Vaccination North-Western Provinces 1866-1877 - 1866-1877
Year: 1866
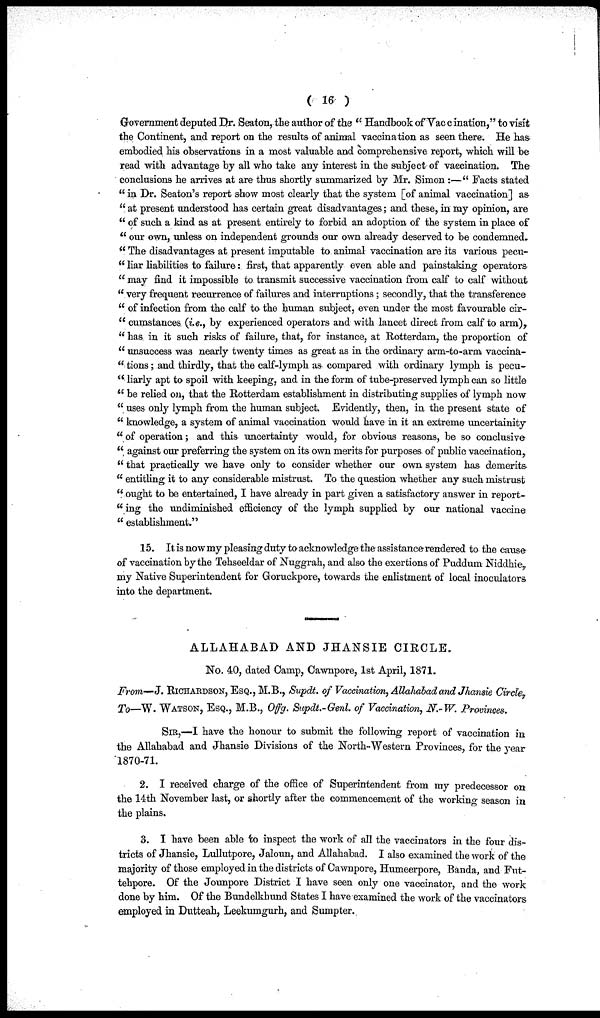
( 16 )
Government deputed Dr. Seaton, the author of the " Handbook of Vaccination," to visit
the Continent, and report on the results of animal vaccination as seen there. He has
embodied his observations in a most valuable and comprehensive report, which will be
read with advantage by all who take any interest in the subject of vaccination. The
conclusions he arrives at are thus shortly summarized by Mr. Simon :—" Facts stated
" in Dr. Seaton's report show most clearly that the system [of animal vaccination] as
" at present understood has certain great disadvantages; and these, in my opinion, are
" of such a kind as at present entirely to forbid an adoption of the system in place of
" our own, unless on independent grounds our own already deserved to be condemned.
" The disadvantages at present imputable to animal vaccination are its various pecu¬
" liar liabilities to failure: first, that apparently even able and painstaking operators
" may find it impossible to transmit successive vaccination from calf to calf without
" very frequent recurrence of failures and interruptions; secondly, that the transference
" of infection from the calf to the human subject, even under the most favourable cir¬
" cumstances (i.e., by experienced operators and with lancet direct from calf to arm),
" has in it such risks of failure, that, for instance, at Rotterdam, the proportion of
" unsuccess was nearly twenty times as great as in the ordinary arm-to-arm vaccina¬
" tions; and thirdly, that the calf-lymph as compared with ordinary lymph is pecu¬
" liarly apt to spoil with keeping, and in the form of tube-preserved lymph can so little
" be relied on, that the Rotterdam establishment in distributing supplies of lymph now
" uses only lymph from the human subject. Evidently, then, in the present state of
" knowledge, a system of animal vaccination would have in it an extreme uncertainity
" of operation; and this uncertainty would, for obvious reasons, be so conclusive
" against our preferring the system on its own merits for purposes of public vaccination,
" that practically we have only to consider whether our own system has demerits
" entitling it to any considerable mistrust. To the question whether any such mistrust
" ought to be entertained, I have already in part given a satisfactory answer in report¬
" ing the undiminished efficiency of the lymph supplied by our national vaccine
" establishment."
15. It is now my pleasing duty to acknowledge the assistance rendered to the cause
of vaccination by the Tehseeldar of Nuggrah, and also the exertions of Puddum Niddhie,
my Native Superintendent for Goruckpore, towards the enlistment of local inoculators
into the department.
ALLAHABAD AND JHANSIE CIRCLE.
No. 40, dated Camp, Cawnpore, 1st April, 1871.
From—J. RICHARDSON, ESQ., M.B., Supdt. of Vaccination, Allahabad and Jhansie Circle,
To—W. WATSON, ESQ., M.B., Offg. Supdt.-Genl. of Vaccination, N.-W. Provinces.
SIR,—I have the honour to submit the following report of vaccination in
the Allahabad and Jhansie Divisions of the North-Western Provinces, for the year
1870-71.
2. I received charge of the office of Superintendent from my predecessor on
the 14th November last, or shortly after the commencement of the working season in
the plains.
3. I have been able to inspect the work of all the vaccinators in the four dis-
tricts of Jhansie, Lullutpore, Jaloun, and Allahabad. I also examined the work of the
majority of those employed in the districts of Cawnpore, Humeerpore, Banda, and Fut¬
tehpore. Of the Jounpore District I have seen only one vaccinator, and the work
done by him. Of the Bundelkhund States I have examined the work of the vaccinators
employed in Dutteah, Leekumgurh, and Sumpter.